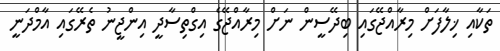
ތަކާއި ޚިލާފަށް މިރާއްޖޭގައި ބިދޭސީން ނަށް މިރާއްޖޭގެ އިގްތިސާދީ އިންޖީނު ތެރޭގައި އާމްދަނީ